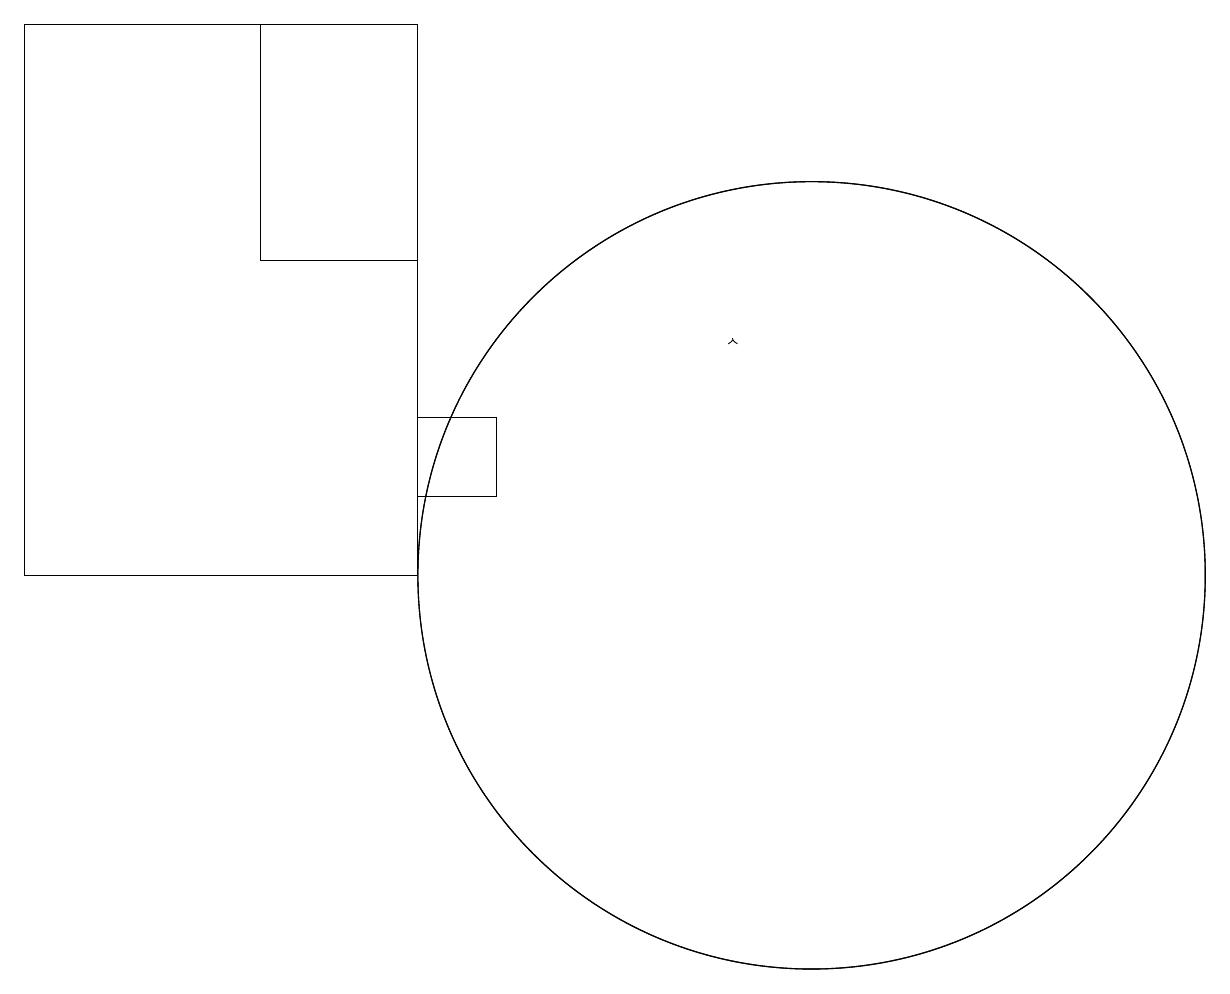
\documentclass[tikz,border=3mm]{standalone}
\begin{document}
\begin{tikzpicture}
\draw (10,11) circle (5);
\draw (5,11) rectangle (0,18);
\draw (5,12) rectangle (6,13);
\draw (3,15) rectangle (5,18);
\draw[->] (9,14) -- (9,14);
\draw (10,11) circle (5);
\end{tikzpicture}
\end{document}